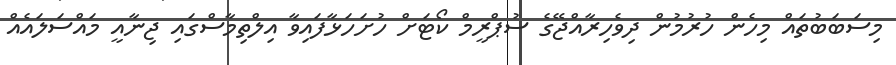
މިސަބަބުތައް މިހެން ހުރުމުން ދިވެހިރާއްޖޭގެ ސުޕްރީމް ކޯޓަށް ހުށަހަޅާފައިވާ އިލްތިމާސްގައި ޖިނާއީ މައްސަލައެއް